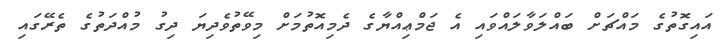
އައިގޮތުގެ މައްޗަށް ބައްލަވާލައްވައި އެ ޖަމްޢިއްޔާގެ ދެމިއޮތުމަށް މިވޭތުވެދިޔަ ދިގު މުއްދަތުގެ ތެރޭގައި